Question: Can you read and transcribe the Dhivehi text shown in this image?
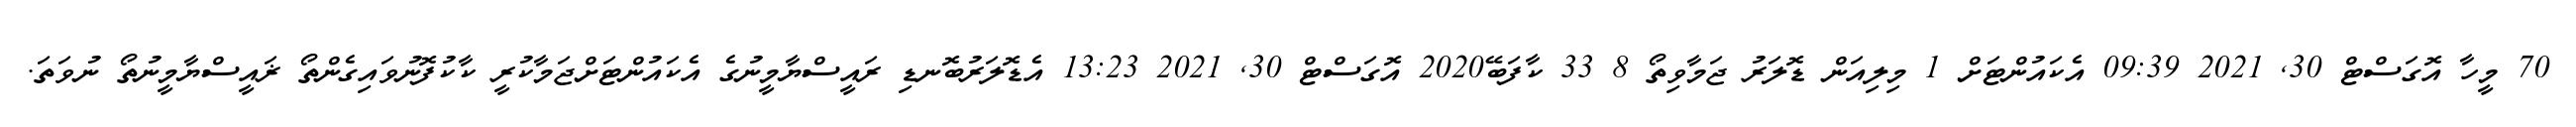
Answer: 70 މީހާ އޮގަސްޓް 30, 2021 09:39 އެކައުންޓަށް 1 މިލިއަން ޑޮލަރު ޖަމާވިތޯ 8 33 ކާފަބޭ2020 އޮގަސްޓް 30, 2021 13:23 އެޑޮލަރުބޮނޑި ރައީސްޔާމީނުގެ އެކައުންޓަށްޖަމާކުރީ ކާކުފޮނުވައިގެންތޯ ޜައީސްޔާމީނުތޯ ނުވަތަ.